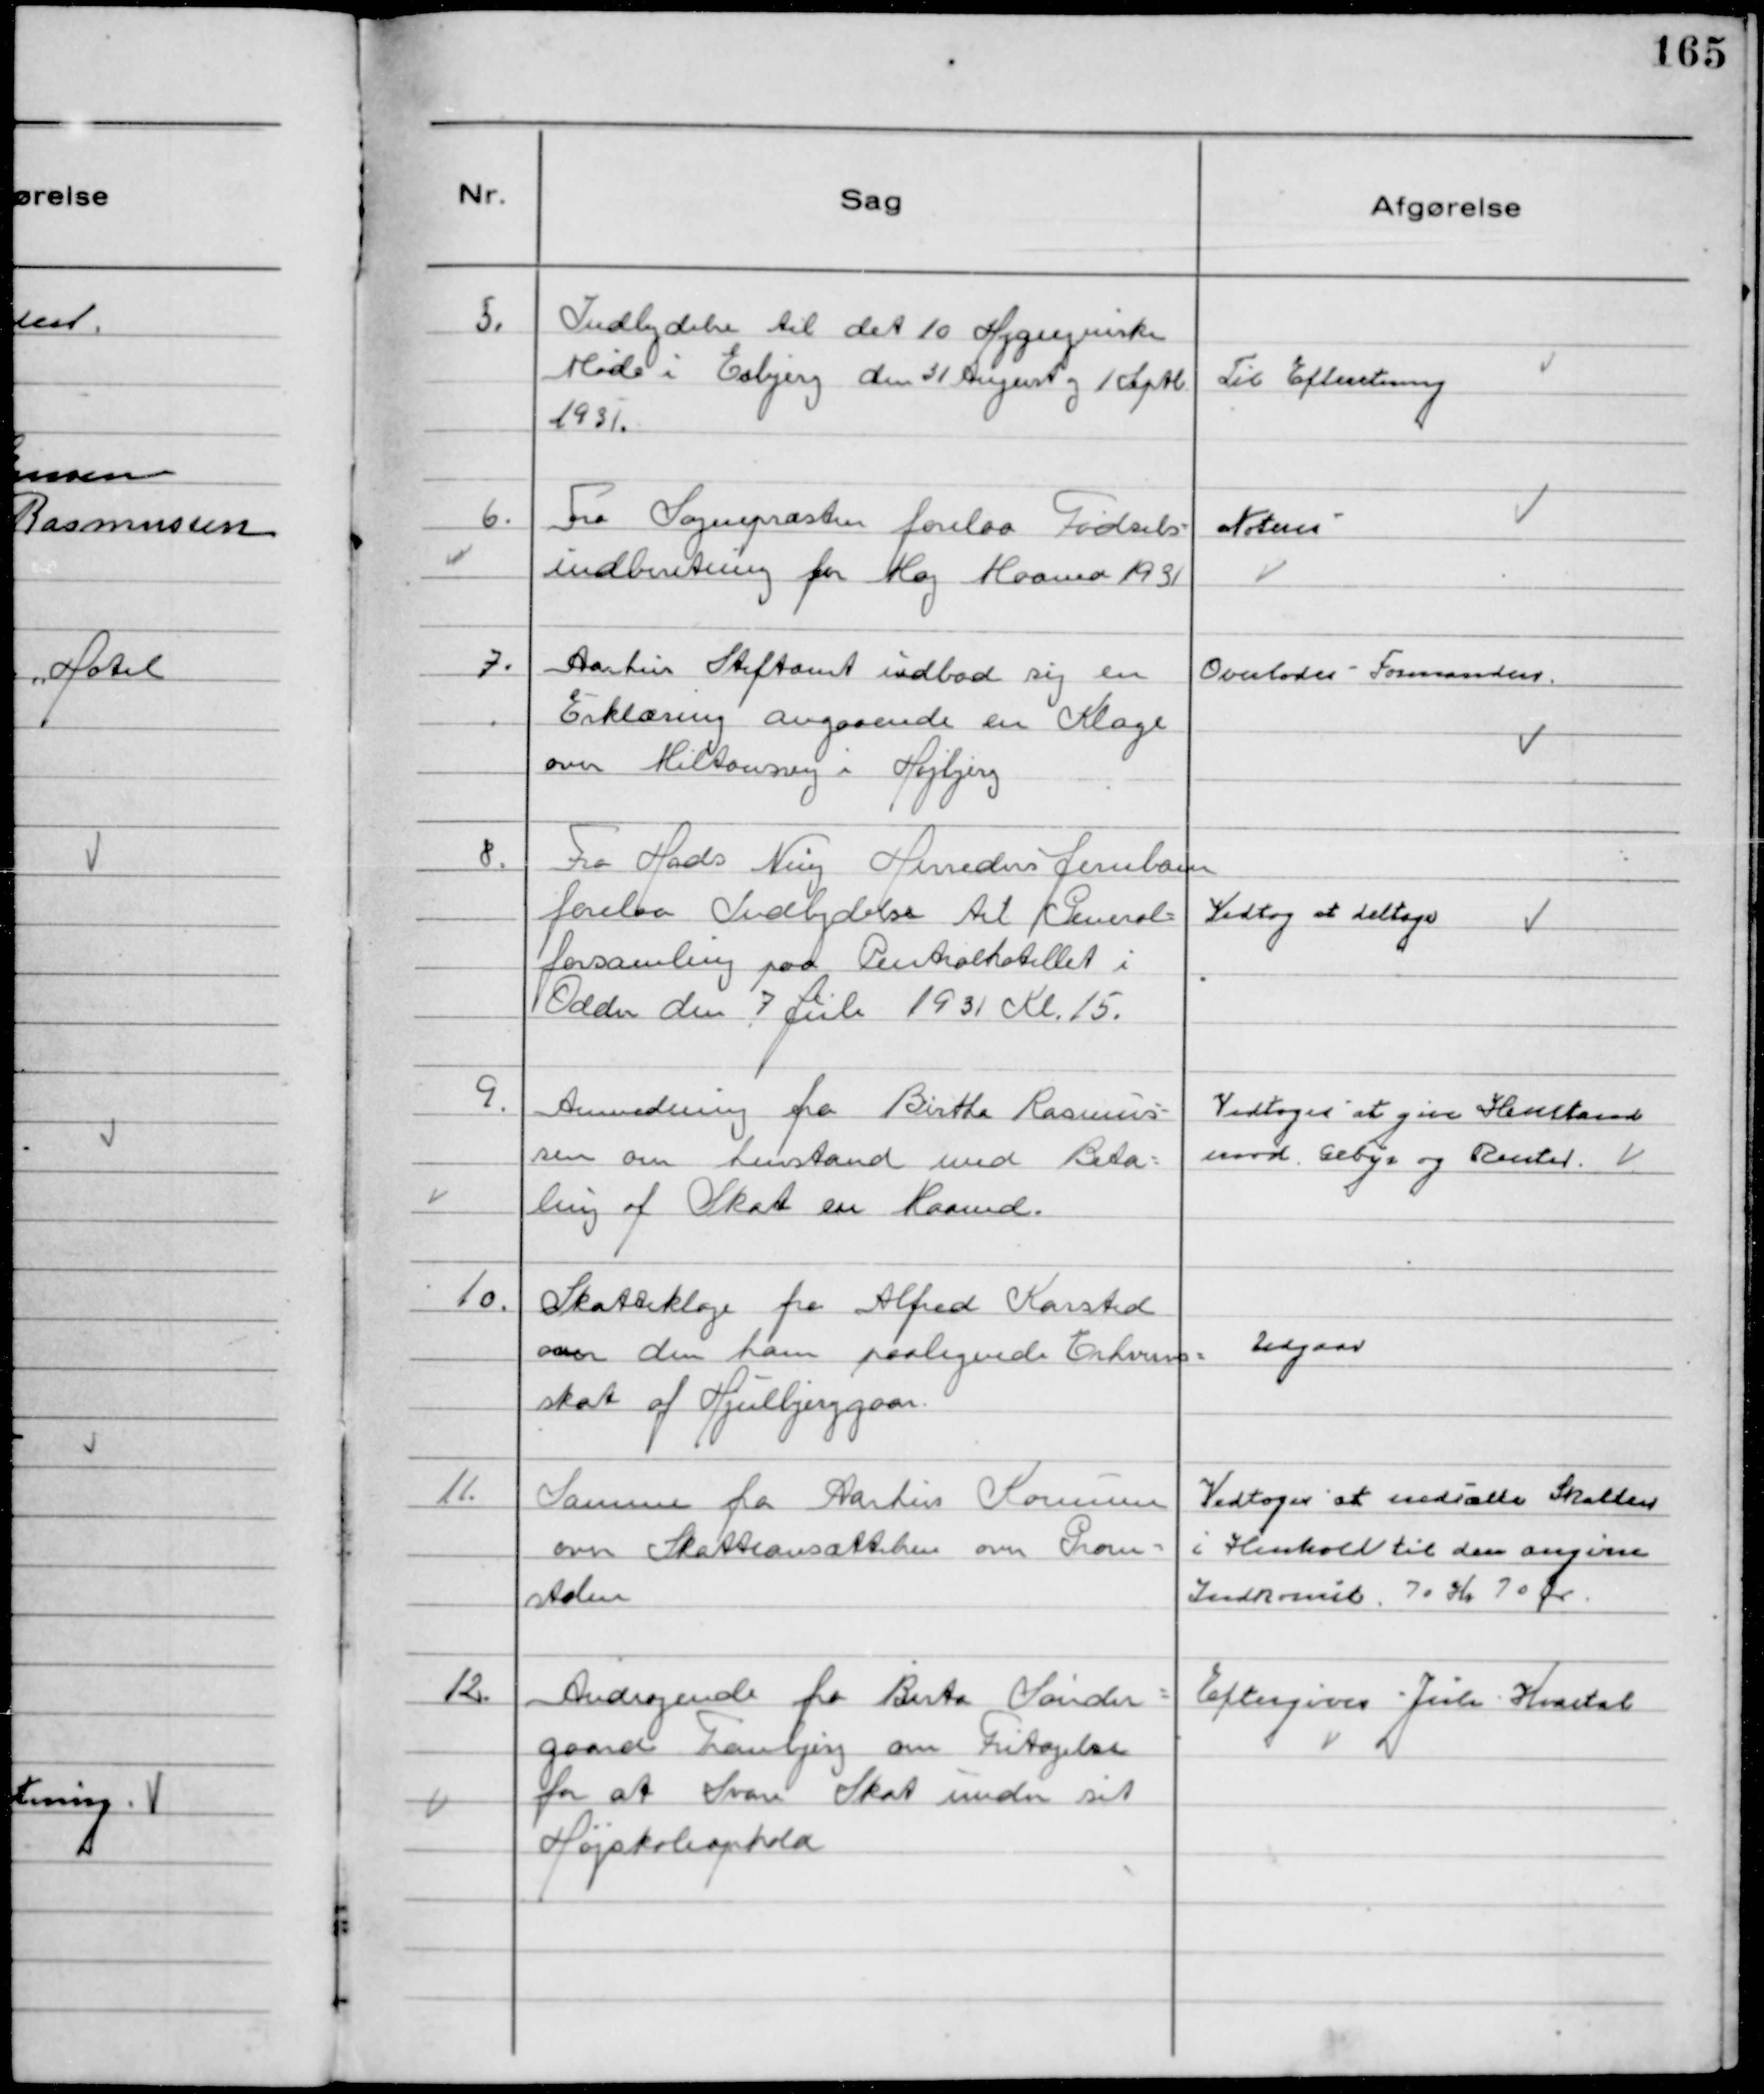
Transskription:
5.
Indbydelse til det 10 Hygiejniske
Møde i Esbjerg den 31 August og 1 Septb
1931.

Til Efteretning

6.
Fra Sognepræsten forelaa Fødsels-
indberetning for Maj Maaned 1931

Noteres

7.
Aarhus Stiftamt udbad sig en
Erklæring angaaende en Klage
over Miltonsvej i Højbjerg

Overlodes Formanden.

8.
Fra Hads Ning Herreders Jernbane
forelaa Indbydelse til General-
forsamling paa Centralhotellet i
Odder den 7 Juli 1931 Kl. 15.

Vedtog at deltage

9.
Anmodning fra Birthe Rasmus-
sen om henstand med Beta-
ling af Skat en Maaned.

Vedtog at give Henstand
mod Gebyr og Renter.

10.
Skatteklage fra Alfred Karsted
over den ham paalignede Erhvervs-
skat af Hjulbjerggaar.

Udgaar

11.
Samme fra Aarhus Kommune
over Skatteansættelsen over Grum-
stolen

Vedtoges at nedsætte Skatten
i Henhold til den angivne
Indkomst. 70 Kr 70 Ør.

12.
Andragende fra Birte Sønder-
gaard Tranbjerg om Fritagelse
for at Svare Skat under sit
Højskoleophold

Eftergives Juli Kvartal